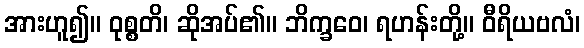
အားဟူ၍။ ဝုစ္စတိ၊ ဆိုအပ်၏။ ဘိက္ခဝေ၊ ရဟန်းတို့။ ဝီရိယဗလံ၊